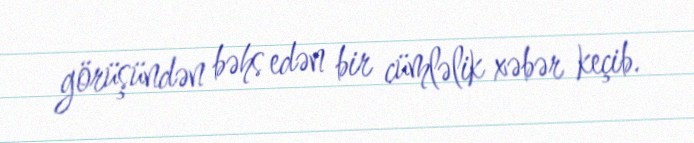
görüşündən bəhs edən bir cümləlik xəbər keçib.